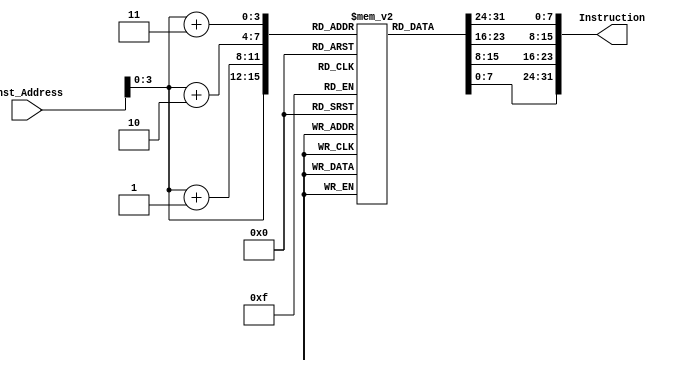
module Instruction_Memory
(
        input [63:0] Inst_Address,
        output reg [31:0] Instruction
);

        reg [7:0] memory [15:0];
        
        initial
        begin
        memory[0] = 8'b10000011;
        memory[1] = 8'b00110100;
        memory[2] = 8'b10000101;
        memory[3] = 8'b00000010;
        memory[4] = 8'b10110011;
        memory[5] = 8'b10000100;
        memory[6] = 8'b10011010;
        memory[7] = 8'b00000000;
        memory[8] = 8'b10010011;
        memory[9] = 8'b10000100;
        memory[10] = 8'b00010100;
        memory[11] = 8'b00000000;
        memory[12] = 8'b00100011;
        memory[13] = 8'b00110100;
        memory[14] = 8'b10010101;
        memory[15] = 8'b00000010;
        end 
        
        always @ (Inst_Address)
			     Instruction = {memory[Inst_Address + 4'b0011],memory[Inst_Address + 4'b0010], memory[Inst_Address + 4'b0001], memory[Inst_Address]};
			
endmodule